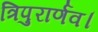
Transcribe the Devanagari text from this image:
त्रिपुरार्णव।